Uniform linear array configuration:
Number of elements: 12
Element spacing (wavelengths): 0.25
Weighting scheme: kaiser
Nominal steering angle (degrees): -30
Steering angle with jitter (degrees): -29.727
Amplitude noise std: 0.05
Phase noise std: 0.05

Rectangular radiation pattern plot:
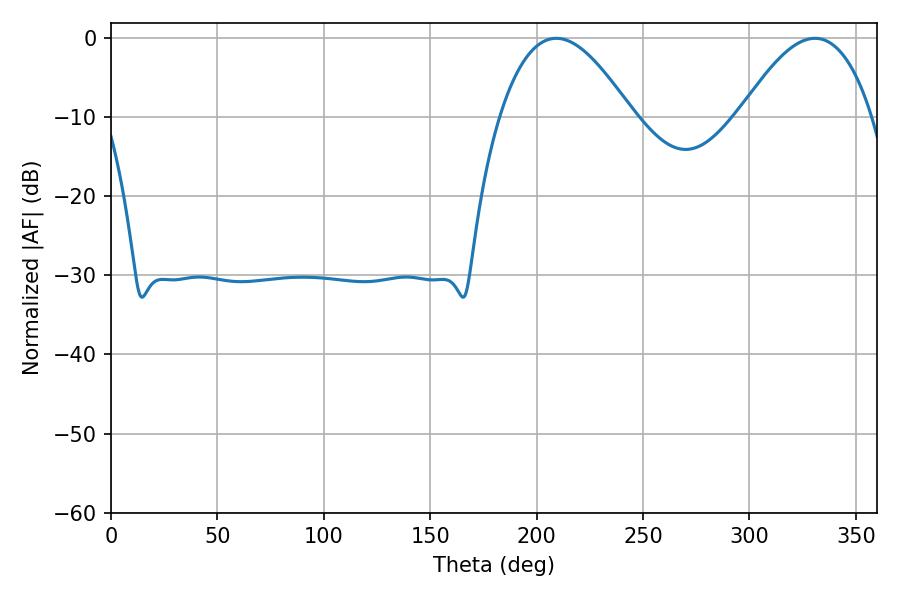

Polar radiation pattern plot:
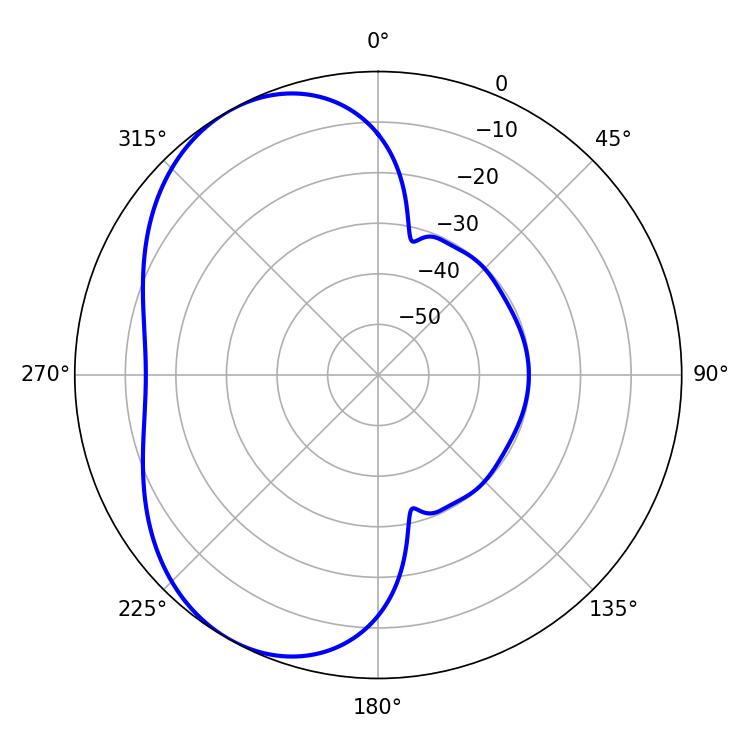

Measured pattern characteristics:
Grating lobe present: FALSE
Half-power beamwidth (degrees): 34.02
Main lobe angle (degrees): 209.16